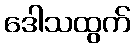
ဒေါသထွက်